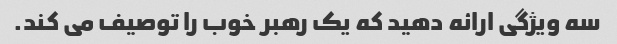
سه ویژگی ارائه دهید که یک رهبر خوب را توصیف می کند.